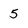
Character: 5